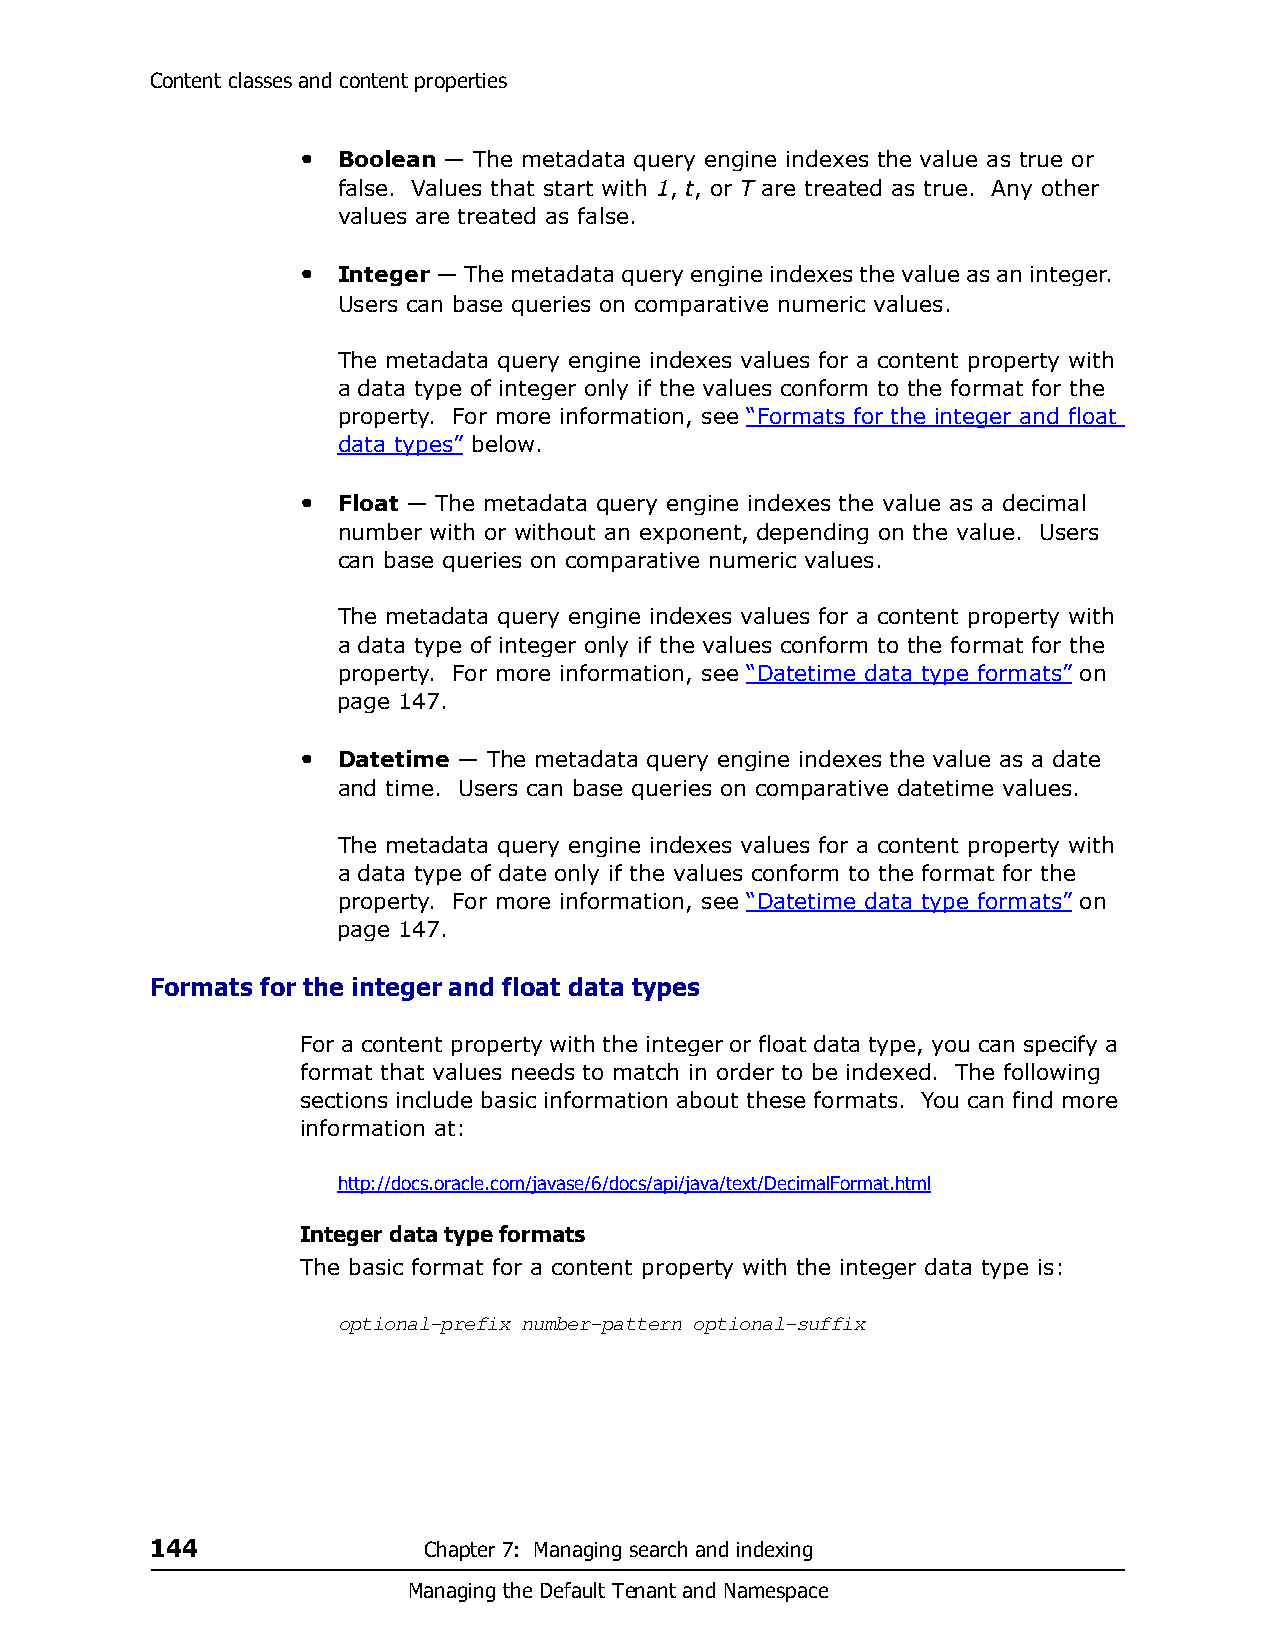
Content classes and content properties
 • Boolean — The metadata query engine indexes the value as true or
 false. Values that start with 1, t, or T are treated as true. Any other
 values are treated as false.
 • Integer — The metadata query engine indexes the value as an integer.
 Users can base queries on comparative numeric values.
 The metadata query engine indexes values for a content property with
 a data type of integer only if the values conform to the format for the
 property. For more information, see “Formats for the integer and float
 data types” below.
 • Float — The metadata query engine indexes the value as a decimal
 number with or without an exponent, depending on the value. Users
 can base queries on comparative numeric values.
 The metadata query engine indexes values for a content property with
 a data type of integer only if the values conform to the format for the
 property. For more information, see “Datetime data type formats” on
 page 147.
 • Datetime — The metadata query engine indexes the value as a date
 and time. Users can base queries on comparative datetime values.
 The metadata query engine indexes values for a content property with
 a data type of date only if the values conform to the format for the
 property. For more information, see “Datetime data type formats” on
 page 147.
 Formats for the integer and float data types
 For a content property with the integer or float data type, you can specify a
 format that values needs to match in order to be indexed. The following
 sections include basic information about these formats. You can find more
 information at:
 http://docs.oracle.com/javase/6/docs/api/java/text/DecimalFormat.html
 Integer data type formats
 The basic format for a content property with the integer data type is:
 optional-prefix number-pattern optional-suffix
 144               Chapter 7: Managing search and indexing
 Managing the Default Tenant and Namespace